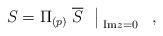
LaTeX: \begin{align*}\left. S = \Pi_{(p)}\; \overline S \ \ \right|_{\; {\rm Im}z =0}\ \ ,\end{align*}